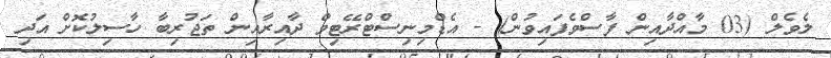
ލެވެލް (03 މާއްދާއިން ފާސްވެފައިވުން) - އެޑްމިނިސްޓްރޭޓިވް ދާއިރާއިން ތަޖުރިބާ ހާސިލުކޮށް އަދި